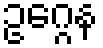
ဥဂ္ဂေန